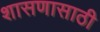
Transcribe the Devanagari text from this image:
शासणासाठी